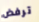
ترفض